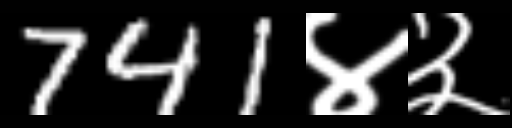
Text: 741४३